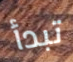
تبدأ